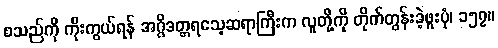
စသည်ကို ကိုးကွယ်ရန် အဂ္ဂိဒတ္တရသေ့ဆရာကြီးက လူတို့ကို တိုက်တွန်းခဲ့ဖူးပုံ၊ ၁၅၇။